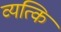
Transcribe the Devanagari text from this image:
व्यत्कि